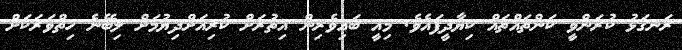
ރަނގަޅު ކުރަންވީ ކަންތައްތައް ކިޔާދީފައެވެ. މިއީ ބައިވެރިން އިތުރަަށް ކުރިއަށްދިޔުމަށް ލިބޭނެ ހިތްވަރަކަށް